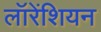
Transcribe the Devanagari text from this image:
लॉरेंशियन